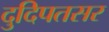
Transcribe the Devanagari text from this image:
दुदिपतसर